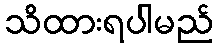
သိထားရပါမည်